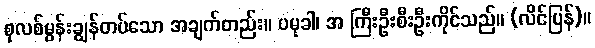
စုလစ်မွန်းချွန်တပ်သော အချက်တည်း။ ပမုခါ၊ အ ကြီးဦးစီးဦးကိုင်သည်။ (လိင်ပြန်)။